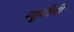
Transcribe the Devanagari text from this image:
न्यूगीनी